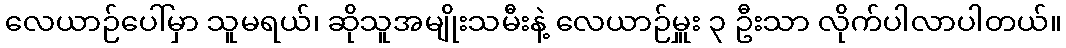
လေယာဉ်ပေါ်မှာ သူမရယ်၊ ဆိုသူအမျိုးသမီးနဲ့ လေယာဉ်မှူး ၃ ဦးသာ လိုက်ပါလာပါတယ်။